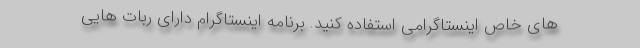
های خاص اینستاگرامی استفاده کنید. برنامه اینستاگرام دارای ربات هایی